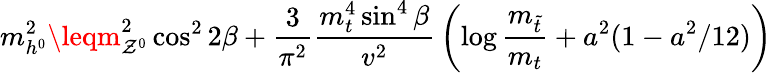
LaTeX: m_{h^{0}}^{2}\leqm_{\mathcal{Z}^{0}}^{2}\cos^{2}2\beta+{\frac{{3}}{{\pi^{2}}}}{\frac{{m_{t}^{4}\sin^{4}\beta}}{{v^{2}}}}\left(\log{\frac{{m_{\tilde{{t}}}}}{{m_{t}}}}+a^{2}(1-a^{2}/12)\right)